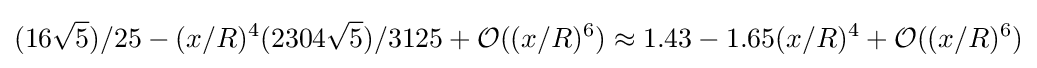
(16{\sqrt {5}})/25-(x/R)^{4}(2304{\sqrt {5}})/3125+{\mathcal {O}}((x/R)^{6})\approx 1.43-1.65(x/R)^{4}+{\mathcal {O}}((x/R)^{6})